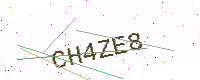
Text: CH4ZE8